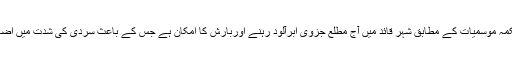
دریں اثناء محکمہ موسمیات کے مطابق شہر قائد میں آج مطلع جزوی ابرآلود رہنے اوربارش کا امکان ہے جس کے باعث سردی کی شدت میں اضافہ ہوجائے گا۔